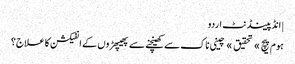
| انڈپینڈنٹ اردو
ہوم پیچ » تحقیق » چینی ناک سے کھینچنے سے پھیپھڑوں کے انفیکشن کا علاج؟